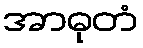
အာဓုတံ